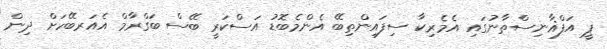
ޕީ އަފްޣާނިސްތާނުގައި އެމެރިކާ ސިފައިންތިބޭ އެންމެބޮޑު އަސްކަރީ ބޭސް ބަގްރާމް އެއަރބޭހަށް ދިން